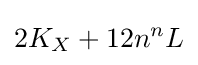
2K_{X}+12n^{n}L